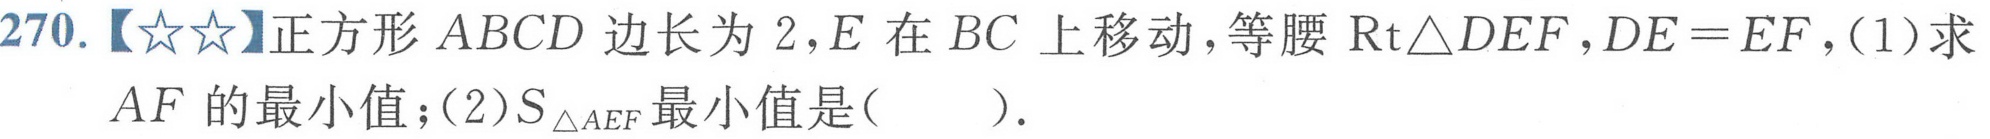
270.【☆☆】正方形$ABCD$边长为$2$,$E$在$BC$上移动,等腰$\mathrm{Rt}\triangle DEF$,$DE = EF$,(1)求$AF$的最小值；(2)$S_{\triangle AEF}$最小值是(  ).